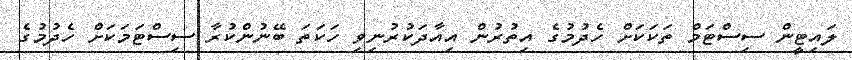
ލައިޓީން ސިސްޓަމް ތަކަކަށް ހެދުމުގެ އިތުރުން އިއާދަކުރުނިވި ހަކަތަ ބޭނުންކުރާ ސިސްޓަމަކަށް ހެދުމުގެ